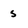
Character: s